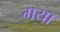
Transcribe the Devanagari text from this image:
गया